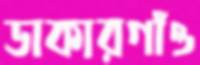
ডাকারগাঁও